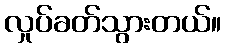
လှုပ်ခတ်သွားတယ်။